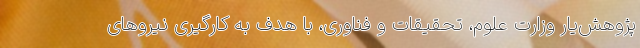
پژوهش‌یار وزارت علوم، تحقیقات و فناوری، با هدف به کارگیری نیروهای